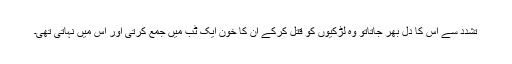
تشدد سے اس کا دل بھر جاتاتو وہ لڑکیوں کو قتل کرکے ان کا خون ایک ٹب میں جمع کرتی اور اس میں نہاتی تھی۔